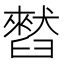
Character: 𫇒